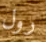
رول